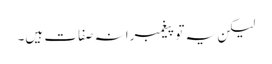
لیکن یہ تو پیغمبرانہ صفات ہیں۔